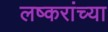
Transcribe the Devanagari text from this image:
लष्करांच्या